Report on the working of the Ranchi Indian Mental Hospital, Kanke, in Bihar and Orissa - 1930-1940
Year: 1930
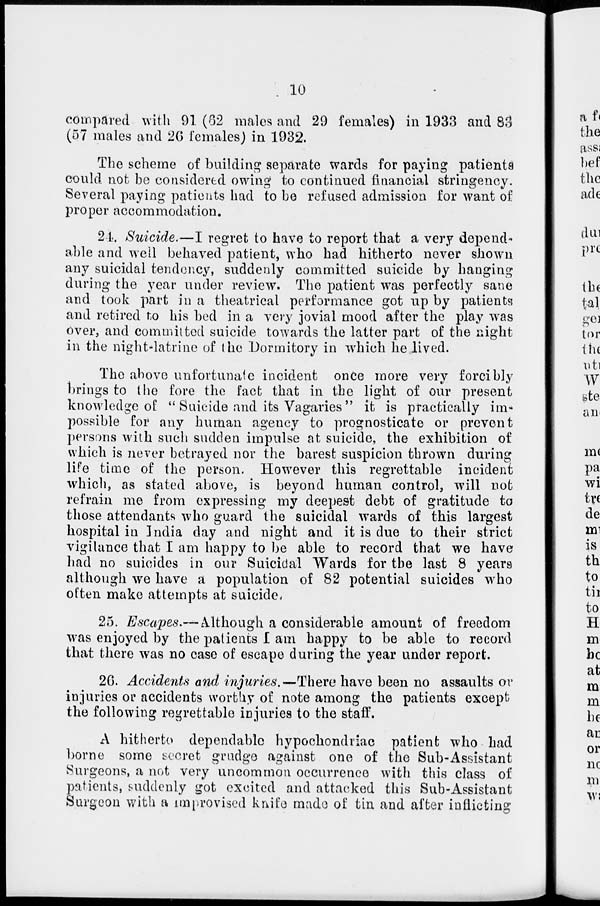
10
compared with 91 (62 males and 29 females) in 1933 and 83
(57 males and 26 females) in 1932.
The scheme of building separate wards for paying patients
could not be considered owing to continued financial stringency.
Several paying patients had to be refused admission for want of
proper accommodation.
24. Suicide.—I regret to have to report that a very depend¬
able and well behaved patient, who had hitherto never shown
any suicidal tendency, suddenly committed suicide by hanging
during the year under review. The patient was perfectly sane
and took part in a theatrical performance got up by patients
and retired to his bed in a very jovial mood after the play was
over, and committed suicide towards the latter part of the night
in the night-latrine of the Dormitory in which he lived.
The above unfortunate incident once more very forcibly
brings to the fore the fact that in the light of our present
knowledge of " Suicide and its Vagaries" it is practically im-
possible for any human agency to prognosticate or prevent
persons with such sudden impulse at suicide, the exhibition of
which is never betrayed nor the barest suspicion thrown during
life time of the person. However this regrettable incident
which, as stated above, is beyond human control, will not
refrain me from expressing my deepest debt of gratitude to
those attendants who guard the suicidal wards of this largest
hospital in India day and night and it is due to their strict
vigilance that I am happy to be able to record that we have
had no suicides in our Suicidal Wards for the last 8 years
although we have a population of 82 potential suicides who
often make attempts at suicide.
25. Escapes.— Although a considerable amount of freedom
was enjoyed by the patients I am happy to be able to record
that there was no case of escape during the year under report.
26. Accidents and injuries.—There have been no assaults or
injuries or accidents worthy of note among the patients except
the following regrettable injuries to the staff.
A hitherto dependable hypochondriac patient who had
borne some secret grudge against one of the Sub-Assistant
Surgeons, a not very uncommon occurrence with this class of
patients, suddenly got excited and attacked this Sub-Assistant
Surgeon with a improvised knife made of tin and after inflicting